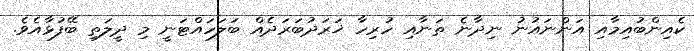
ކެއިންބުއިމާއި އަންނައުނު ނިދާނެ ތަނާއި ހުރިހާ ޚަރަދުބަރަދެއް ބަލަހައްޓަނީ މި ދީލަތި ބޭފުޅާއެވެ.